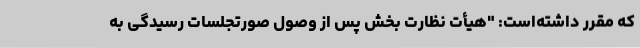
که مقرر داشته‌است: "هیأت نظارت بخش پس از وصول صورتجلسات رسیدگی به